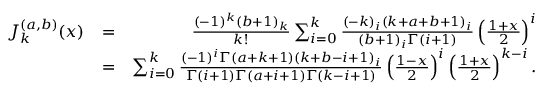
\begin{array} { r l r } { \! \! \! \! \! \! \! \! \! \! \! \! J _ { k } ^ { ( a , b ) } ( x ) } & { = } & { \frac { ( - 1 ) ^ { k } ( b + 1 ) _ { k } } { k ! } \sum _ { i = 0 } ^ { k } \frac { ( - k ) _ { i } ( k + a + b + 1 ) _ { i } } { ( b + 1 ) _ { i } \Gamma ( i + 1 ) } \left( \frac { 1 + x } { 2 } \right) ^ { i } } \\ { \! \! \! \! \! \! \! \! \! \! \! \! } & { = } & { \sum _ { i = 0 } ^ { k } \frac { ( - 1 ) ^ { i } \Gamma ( a + k + 1 ) ( k + b - i + 1 ) _ { i } } { \Gamma ( i + 1 ) \Gamma ( a + i + 1 ) \Gamma ( k - i + 1 ) } \left( \frac { 1 - x } { 2 } \right) ^ { i } \left( \frac { 1 + x } { 2 } \right) ^ { k - i } . } \end{array}